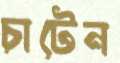
চাটেন